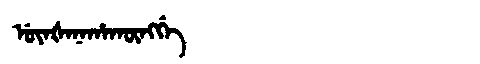
Manchu: ᡠᠶᠠᡧᠠᠨᠠᡥᠠᡴᡡᠩᡤᡝ
Romanization: UYAŠANAHAKŪNGGE